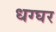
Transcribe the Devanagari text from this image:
धग्घर